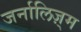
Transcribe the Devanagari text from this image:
जर्नालिज़्म